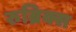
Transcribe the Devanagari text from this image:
रुब्रिक्स